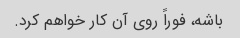
باشه، فوراً روی آن کار خواهم کرد.